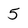
Character: 5